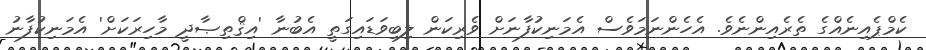
ކެމްޕެއިނެއްގެ ތެރެއިންނެވެ. އެހެންނަމަވެސް އެމަނިކުފާނަށް ވެރިކަން ލިބިވަޑައިގަތީ އެބުނާ 'އިޤްތިޞާދީ މާހިރަކަށް' އެމަނިކުފާނު